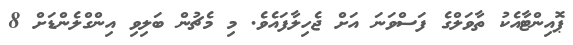
ޕޮއިންޓާއެކު ތާވަލްގެ ފަސްވަނަ އަށް ޖެހިލާފައެވެ. މި މެޗުން ބަލިވި އިންގްލެންޑަށް 8